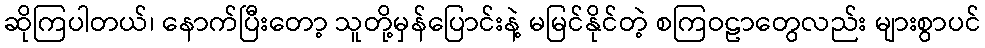
ဆိုကြပါတယ်၊ နောက်ပြီးတော့ သူတို့မှန်ပြောင်းနဲ့ မမြင်နိုင်တဲ့ စကြဝဠာတွေလည်း များစွာပင်